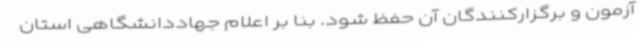
آزمون و برگزارکنندگان آن حفظ شود. بنا بر اعلام جهاددانشگاهی استان